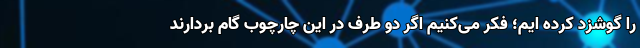
را گوشزد کرده ایم؛ فکر می‌کنیم اگر دو طرف در این چارچوب گام بردارند